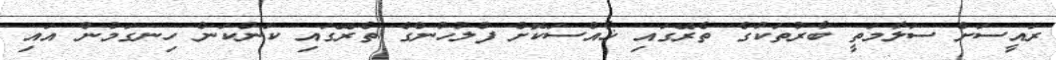
ރައީސަށް ސަލާމަތީ ބާރުތަކުގެ ތެރޭގައި ޚާއްސަކޮށް ފުލުހުންގެ ތެރޭގައި ކަންކަން ހިނގަމުން އައި